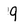
Character: 9